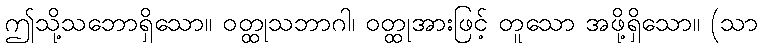
ဤသို့သဘောရှိသော။ ဝတ္ထုသဘာဂါ၊ ဝတ္ထုအားဖြင့် တူသော အဖို့ရှိသော။ (သာ